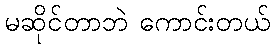
မဆိုင်တာဘဲ ကောင်းတယ်